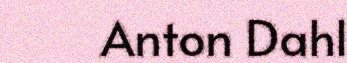
Anton Dahl